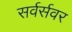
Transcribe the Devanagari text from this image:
सर्वर्सवर